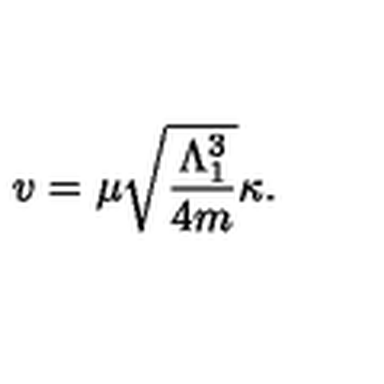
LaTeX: v = \mu \sqrt { \frac { \Lambda _ { 1 } ^ { 3 } } { 4 m } } \kappa .